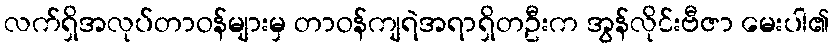
လက်ရှိအလုပ်တာဝန်များမှ တာဝန်ကျရဲအရာရှိတဦးက အွန်လိုင်းဗီဇာ မေးပါ၏